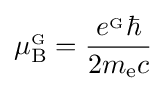
\mu _{\mathrm {B} }^{_{\mathrm {G} }}={\frac {e^{_{\mathrm {G} }}\hbar }{2m_{\mathrm {e} }c}}